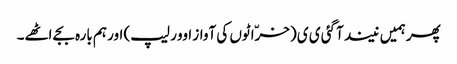
پھر ہمیں نیند آگئی ی ی (خرّاٹوں کی آواز اوور لیپ) اور ہم بارہ بجے اٹھے۔